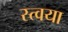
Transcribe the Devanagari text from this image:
स्त्वया